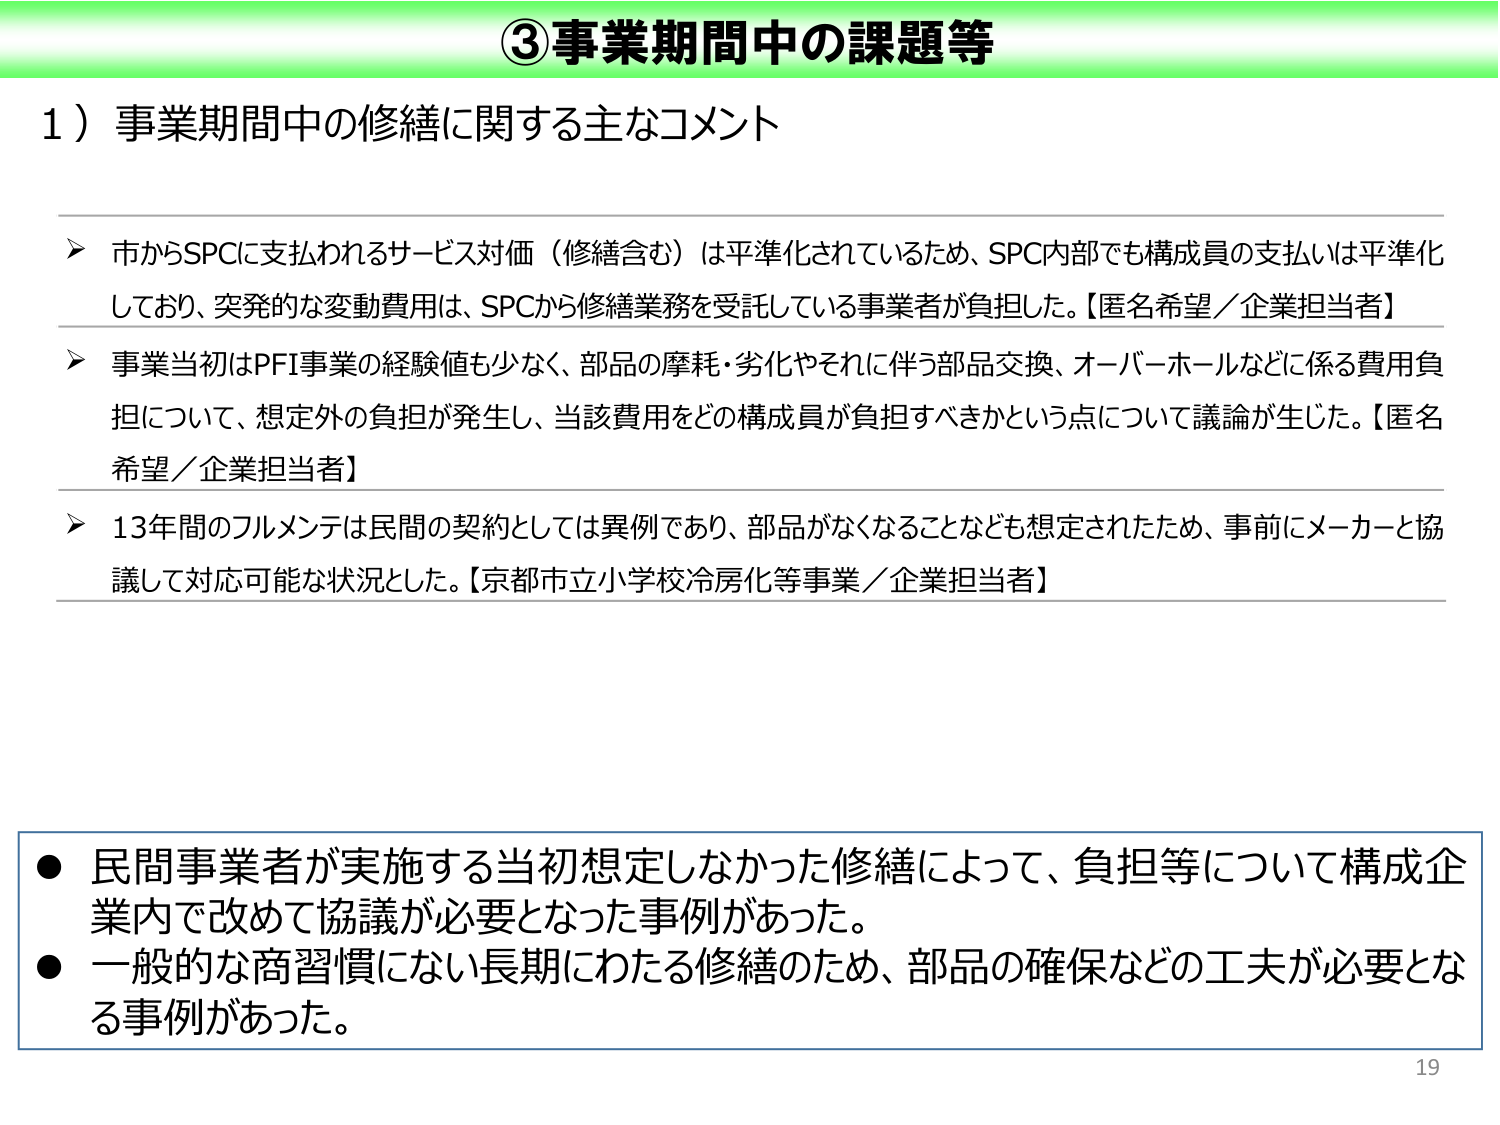
③事業期間中の課題等

1）事業期間中の修繕に関する主なコメント

➤ 市からSPCに支払われるサービス対価（修繕含む）は平準化されているため、SPC内部でも構成員の支払いは平準化しており、突発的な変動費用は、SPCから修繕業務を受託している事業者が負担した。【匿名希望／企業担当者】

➤ 事業当初はPFI事業の経験値も少なく、部品の摩耗・劣化やそれに伴う部品交換、オーバーホールなどに係る費用負担について、想定外の負担が発生し、当該費用をどの構成員が負担すべきかという点について議論が生じた。【匿名希望／企業担当者】

➤ 13年間のフルメンテは民間の契約としては異例であり、部品がなくなることなども想定されたため、事前にメーカーと協議して対応可能な状況とした。【京都市立小学校冷房化等事業／企業担当者】

● 民間事業者が実施する当初想定しなかった修繕によって、負担等について構成企業内で改めて協議が必要となった事例があった。
● 一般的な商習慣にない長期にわたる修繕のため、部品の確保などの工夫が必要となる事例があった。

19